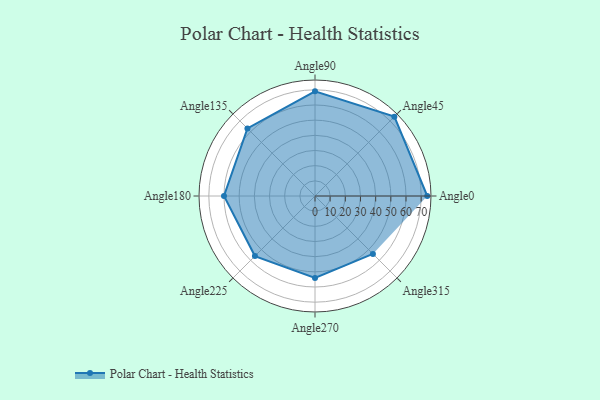
{"axis": {"x": "Angle", "y": "Radius"}, "legend": [""], "data": [{"x": "Angle0", "y": 74.0, "type": ""}, {"x": "Angle45", "y": 74.0, "type": ""}, {"x": "Angle90", "y": 69.0, "type": ""}, {"x": "Angle135", "y": 63.0, "type": ""}, {"x": "Angle180", "y": 60.0, "type": ""}, {"x": "Angle225", "y": 56.0, "type": ""}, {"x": "Angle270", "y": 54.0, "type": ""}, {"x": "Angle315", "y": 54.0, "type": ""}]}